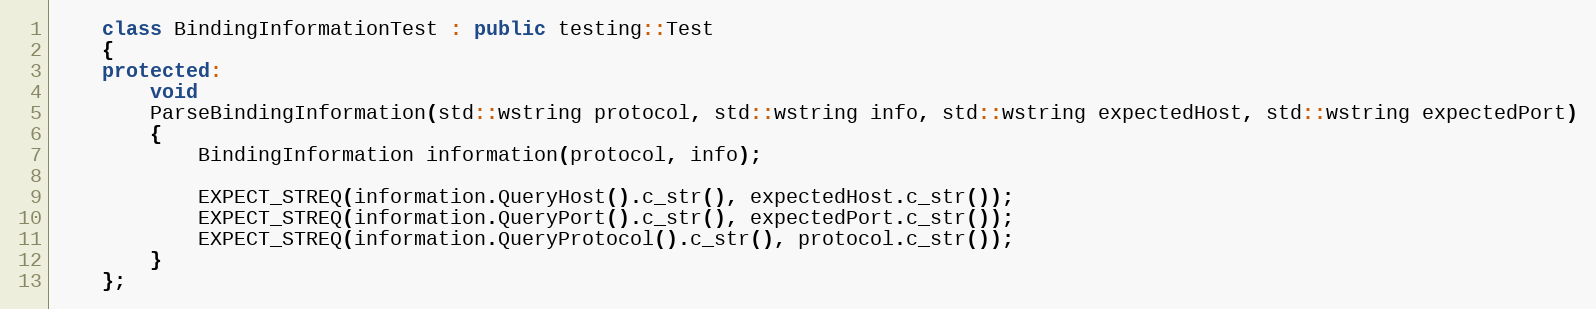
Language: C++
    class BindingInformationTest : public testing::Test
    {
    protected:
        void
        ParseBindingInformation(std::wstring protocol, std::wstring info, std::wstring expectedHost, std::wstring expectedPort)
        {
            BindingInformation information(protocol, info);

            EXPECT_STREQ(information.QueryHost().c_str(), expectedHost.c_str());
            EXPECT_STREQ(information.QueryPort().c_str(), expectedPort.c_str());
            EXPECT_STREQ(information.QueryProtocol().c_str(), protocol.c_str());
        }
    };